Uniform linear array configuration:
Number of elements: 24
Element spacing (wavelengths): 0.25
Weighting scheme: cosine
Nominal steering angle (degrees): -60
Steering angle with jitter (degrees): -58.225
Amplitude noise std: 0.05
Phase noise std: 0.05

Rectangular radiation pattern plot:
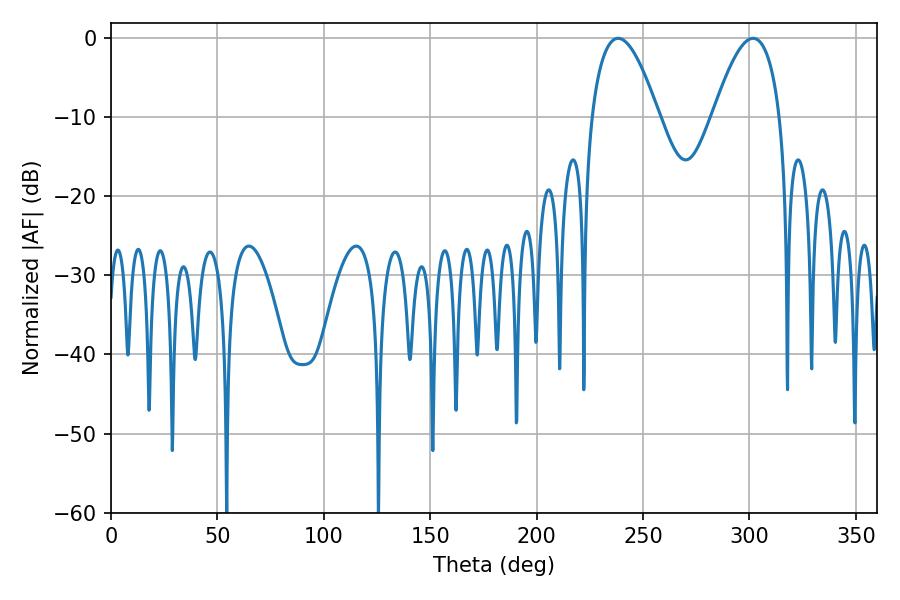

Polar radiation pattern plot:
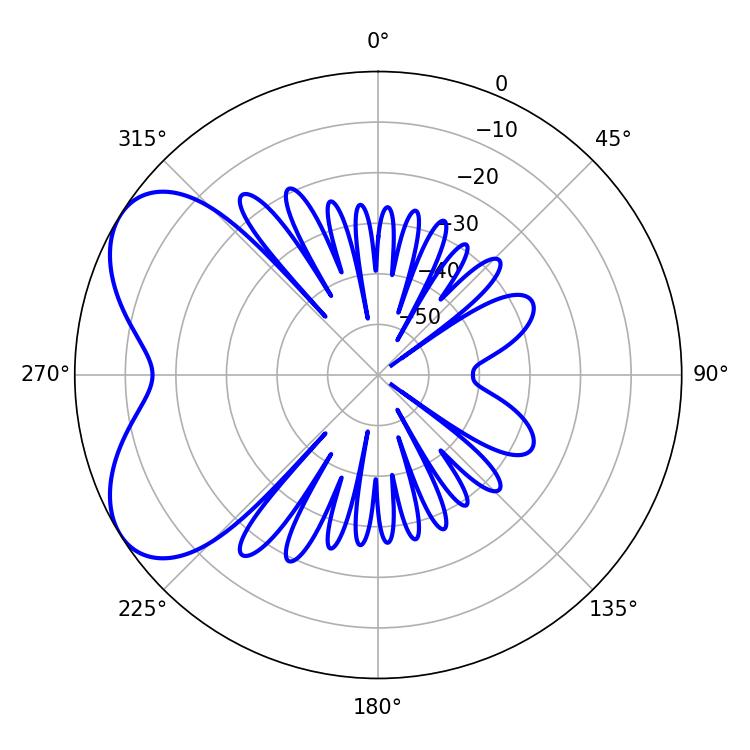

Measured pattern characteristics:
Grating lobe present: FALSE
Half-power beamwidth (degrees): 17.28
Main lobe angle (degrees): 238.32